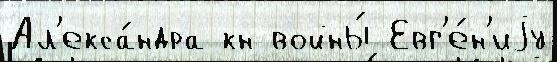
Ал'екса́ндра кн войны́ Евг'е́н'иjу